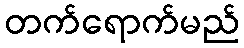
တက်ရောက်မည်